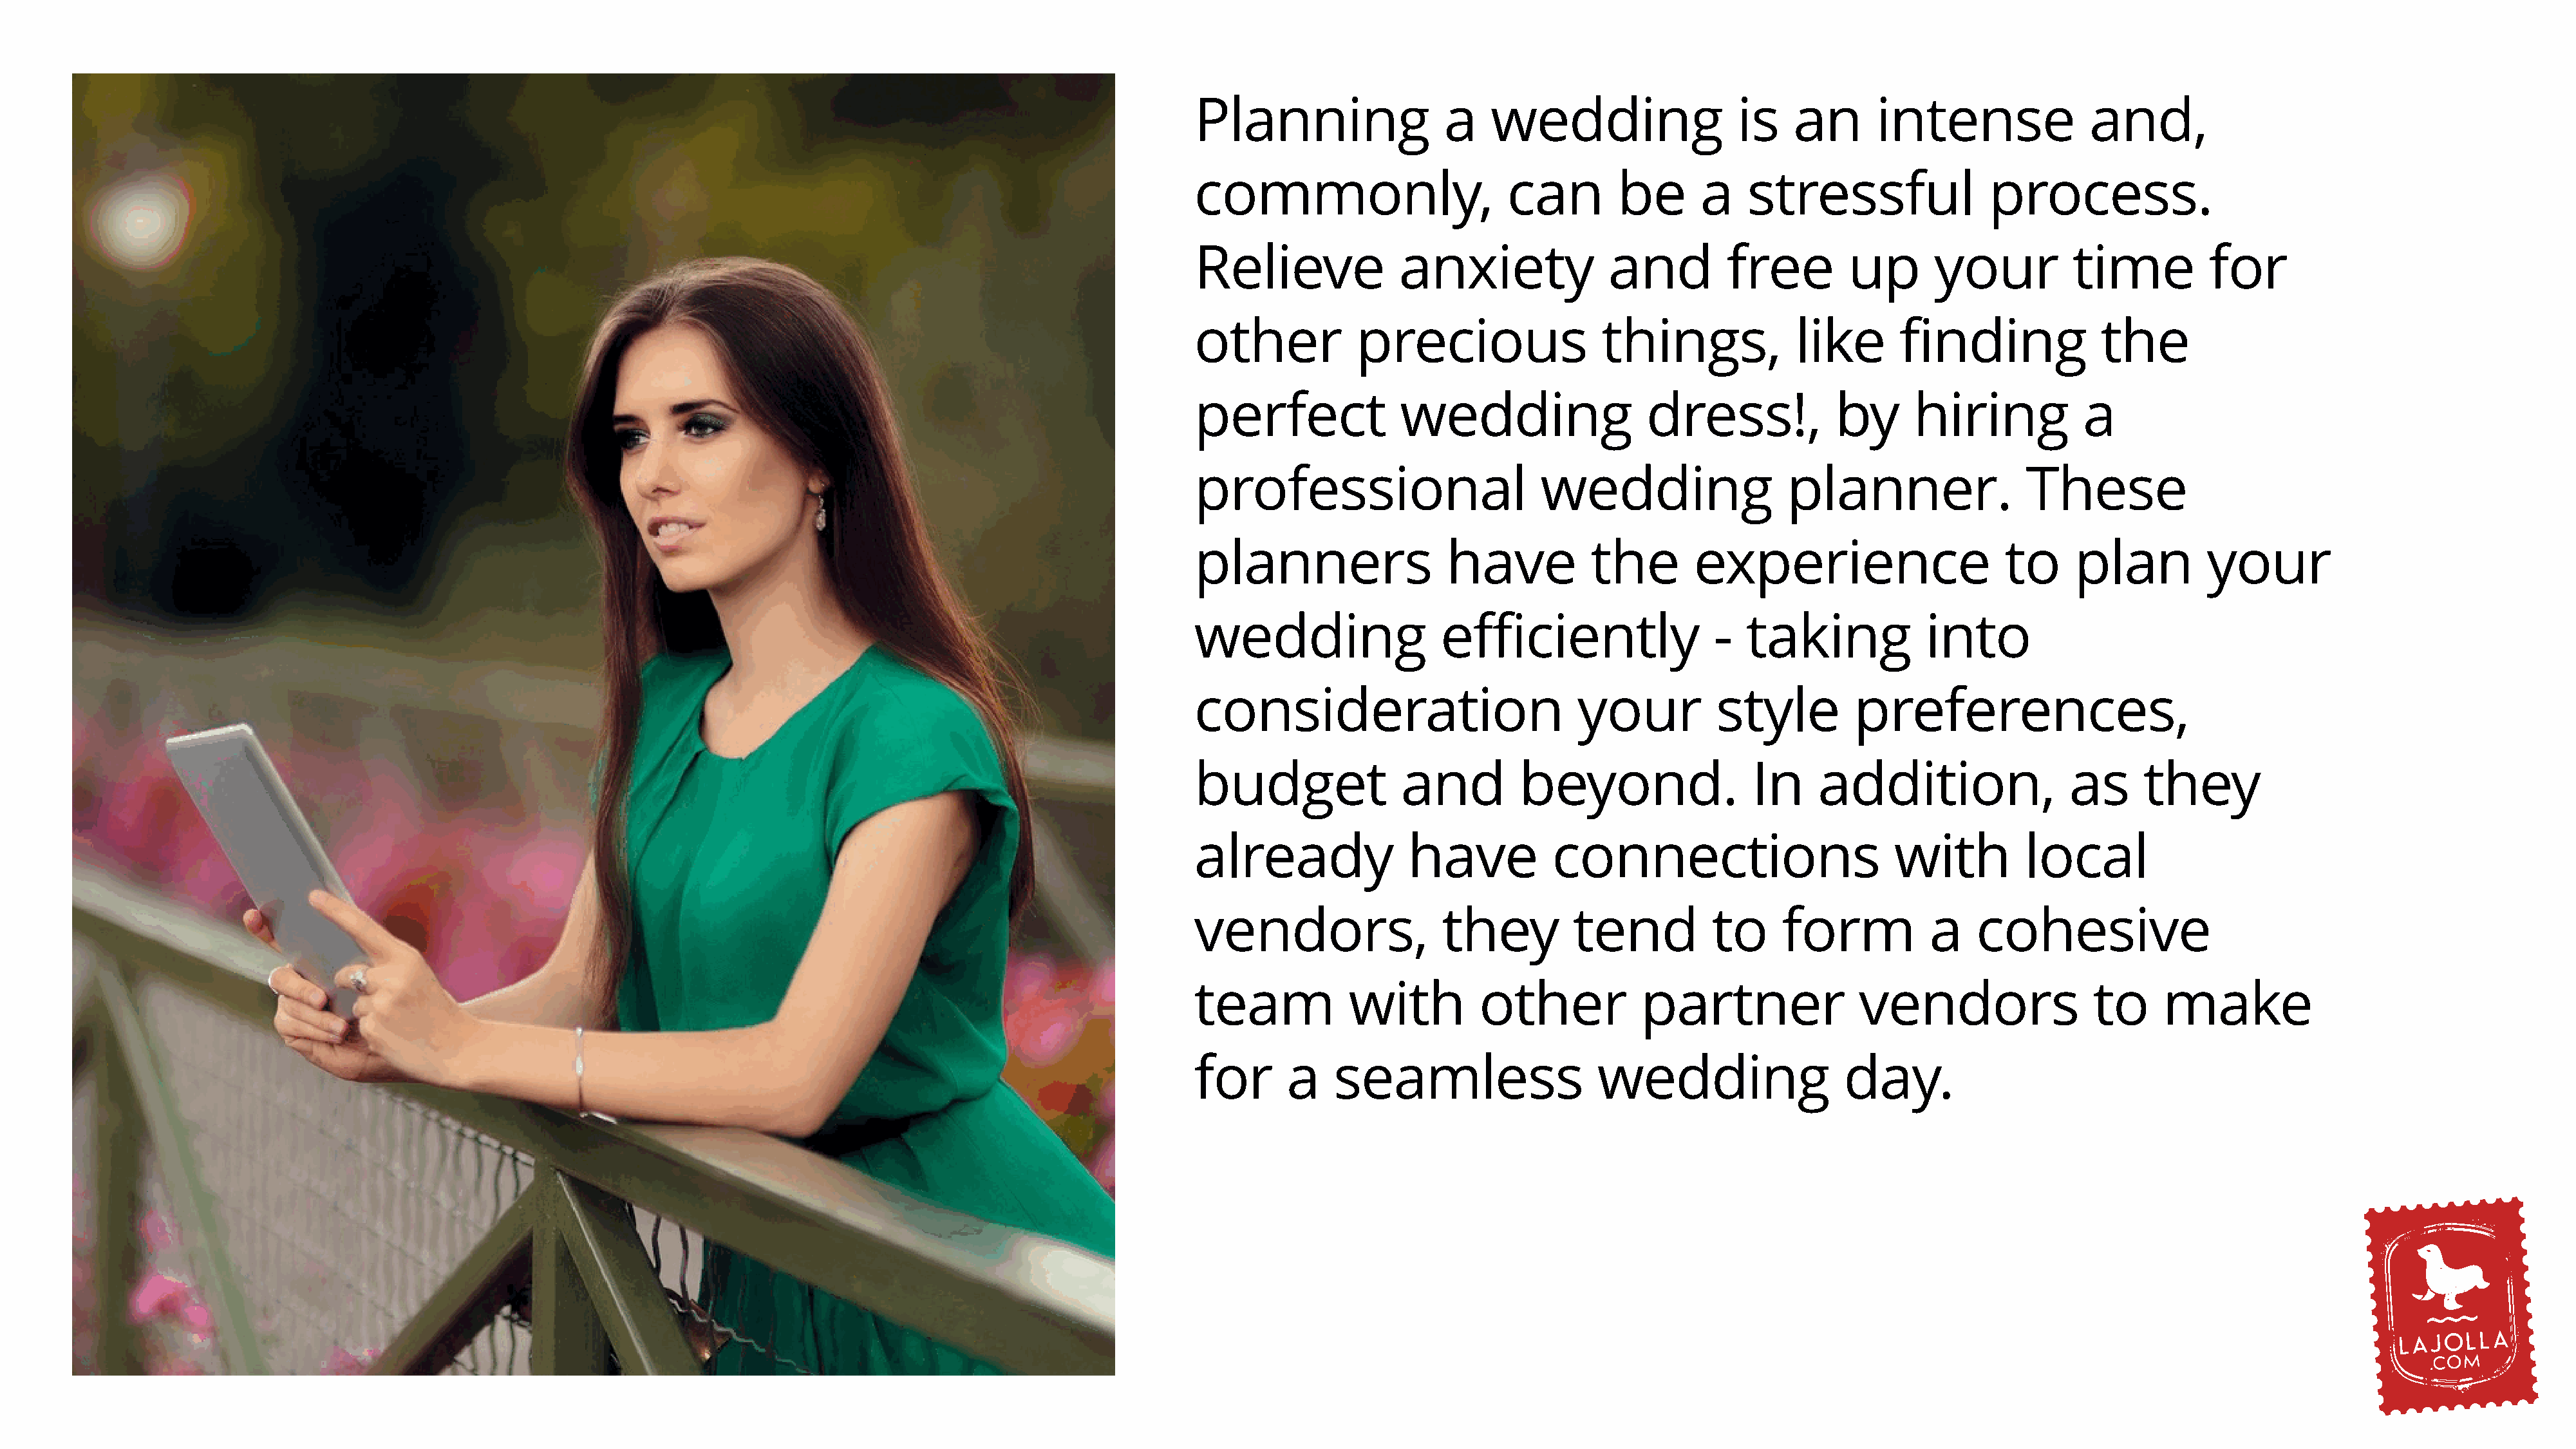
Planning                 a    wedding                   is   an       intense               and,
 commonly,                       can        be       a    stressful               process.
 Relieve              anxiety              and          free        up       your          time          for
 other           precious                  things,             like      finding              the
 perfect              wedding                  dress!,             by      hiring           a
 professional                       wedding                   planner.                These
 planners                  have           the       experience                      to     plan          your
 wedding                  efficiently                 -   taking            into
 consideration                          your          style          preferences,
 budget               and         beyond.                 In     addition,                 as     they
 already               have           connections                        with         local
 vendors,                 they          tend          to     form           a    cohesive
 team            with         other            partner               vendors                 to     make
 for      a    seamless                   wedding                   day.